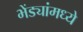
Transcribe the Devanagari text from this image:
भेंड्यांमध्ये